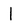
Character: 1